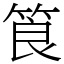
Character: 筤